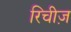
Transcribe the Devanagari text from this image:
रिचीज़